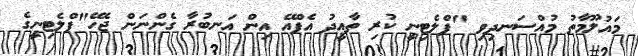
މައުލޫމާތު މުއްސަނދިވި "ޕްލެޓިނީ ކުރި ތާއީދު އެފްއޭ އިން އަނބުރާ ގެންނަން ޖެހޭ"ޕްލެޓިނީގެ